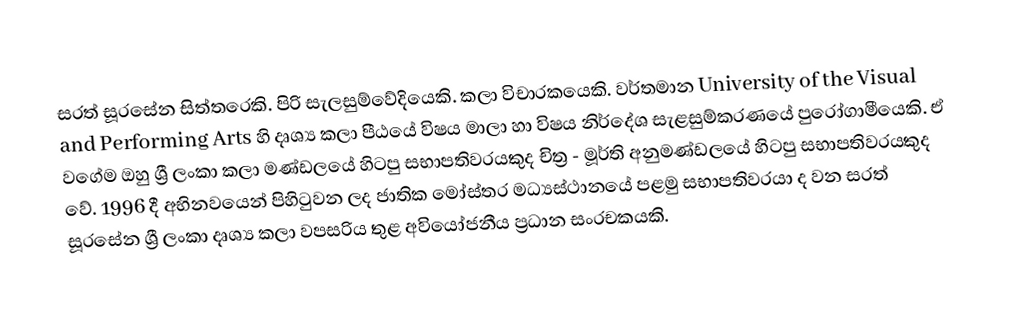
සරත් සූරසේන  සිත්තරෙකි. පිරි සැලසුම්වේදියෙකි. කලා විචාරකයෙකි. වර්තමාන University of the Visual and Performing Arts හි දෘශ්‍ය කලා පීඨයේ විෂය මාලා හා විෂය නිර්දේශ සැළසුම්කරණයේ පුරෝගාමීයෙකි. ඒ වගේම ඔහු ශ්‍රී  ලංකා කලා මණ්ඩලයේ හිටපු සභාපතිවරයකුද චිත්‍ර - මූර්ති අනුමණ්ඩලයේ හිටපු සභාපතිවරයකුද වේ. 1996 දී අභිනවයෙන් පිහිටුවන ලද ජාතික මෝස්‌තර මධ්‍යස්ථානයේ පළමු සභාපතිවරයා ද වන සරත් සූරසේන ශ්‍රී ලංකා දෘශ්‍ය කලා වපසරිය තුළ අවියෝජනීය ප්‍රධාන සංරචකයකි.